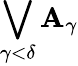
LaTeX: \bigvee_{\gamma<\delta}{\mathbf{A}_{\gamma}}